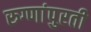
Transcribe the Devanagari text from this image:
रुग्णांपुरती